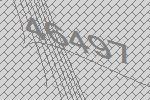
46497